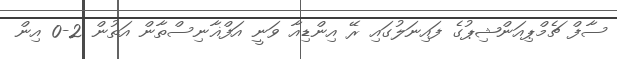
ސާފް ޗެމްޕިއަންޝިޕުގެ ފައިނަލުގައި ރޭ އިންޑިއާ ވަނީ އަފްޣާނިސްތާން އަތުން 2-0 އިން